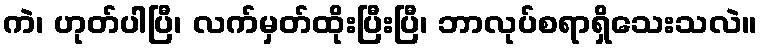
ကဲ၊ ဟုတ်ပါပြီ၊ လက်မှတ်ထိုးပြီးပြီ၊ ဘာလုပ်စရာရှိသေးသလဲ။